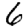
Digit: 6